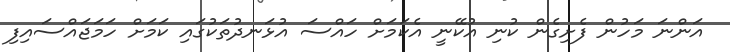
އަންނަ މަހުން ފެށިގެން ކުނި އުކޭނީ އެކަމަށް ހައްސަ އުޅަނދުތަކުގައި ކަމަށް ހަމަޖައްސައިފި